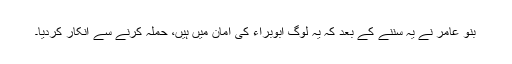
بنو عامر نے یہ سننے کے بعد کہ یہ لوگ ابوبراء کی امان میں ہیں، حملہ کرنے سے انکار کردیا۔